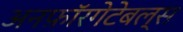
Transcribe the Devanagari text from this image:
अनफ़ॉरगेटेबल्स